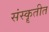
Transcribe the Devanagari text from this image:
संस्कॄतीत